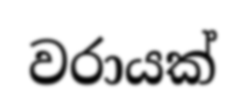
වරායක්